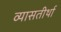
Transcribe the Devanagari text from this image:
व्यासतीर्था